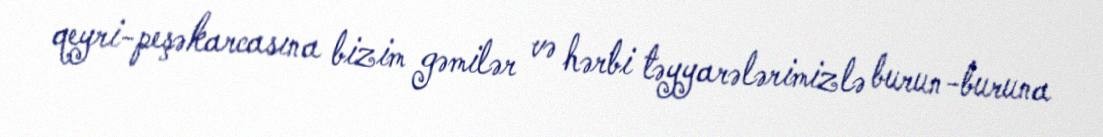
qeyri-peşəkarcasına bizim gəmilər və hərbi təyyarələrimizlə burun-buruna